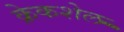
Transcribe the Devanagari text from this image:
क्रेकशेल